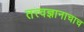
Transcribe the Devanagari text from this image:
तत्त्वज्ञानाचाच